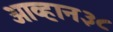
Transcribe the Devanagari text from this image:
आव्हान३८